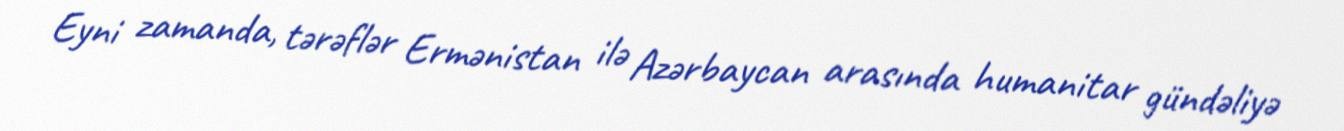
Eyni zamanda, tərəflər Ermənistan ilə Azərbaycan arasında humanitar gündəliyə